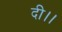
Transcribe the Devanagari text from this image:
दी।।